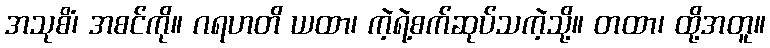
အသုစိံ၊ အစင်ကို။ ဂရဟတိ ယထာ၊ ကဲ့ရဲ့စက်ဆုပ်သကဲ့သို့။ တထာ၊ ထို့အတူ။